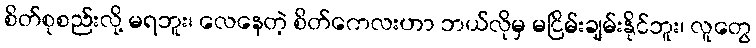
စိတ်စုစည်းလို့ မရဘူး၊ လေနေတဲ့ စိတ်ကေလးဟာ ဘယ်လိုမှ မငြိမ်းချမ်းနိုင်ဘူး၊ လူတွေ